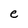
Character: e